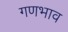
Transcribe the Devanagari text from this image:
गणभाव